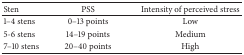
<table><thead><tr><td><b>Sten</b></td><td><b>PSS</b></td><td><b>Intensity of perceived stress</b></td></tr></thead><tbody><tr><td>1–4 stens</td><td>0–13 points </td><td>Low</td></tr><tr><td>5-6 stens</td><td>14–19 points </td><td>Medium</td></tr><tr><td>7–10 stens</td><td>20–40 points </td><td>High</td></tr></tbody></table>